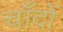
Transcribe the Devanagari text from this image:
चाँदों